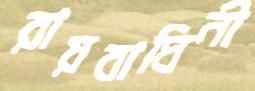
রায়বাঘিনী